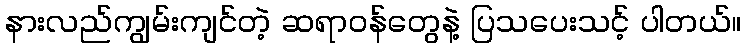
နားလည်ကျွမ်းကျင်တဲ့ ဆရာဝန်တွေနဲ့ ပြသပေးသင့် ပါတယ်။